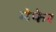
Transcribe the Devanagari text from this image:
मेफेर